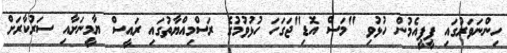
ހިންނަވަރުގައި ޕީޕީއެމުން ހުޅުވި "މަސް އޮޑި"ޖަގަހަ ހުޅުވުމުގެ ރަސްމިއްޔާތުގައި ރައީސް ޔާމީނަށާއި ސަރުކާރަށް